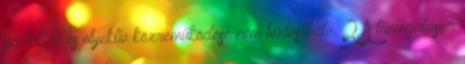
pártatlan és objektív közreműködése nem biztosítható. 2 A támogatásra